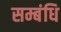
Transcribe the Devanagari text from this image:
सम्बंधि